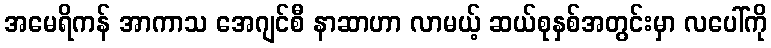
အမေရိကန် အာကာသ အေဂျင်စီ နာဆာဟာ လာမယ့် ဆယ်စုနှစ်အတွင်းမှာ လပေါ်ကို